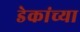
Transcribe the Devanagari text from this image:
डेकांच्या